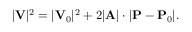
| \mathbf { V } | ^ { 2 } = | \mathbf { V } _ { 0 } | ^ { 2 } + 2 | \mathbf { A } | \cdot | \mathbf { P } - \mathbf { P } _ { 0 } | .